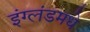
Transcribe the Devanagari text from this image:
इंग्लंडमधे